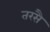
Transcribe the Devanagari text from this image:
तरसै